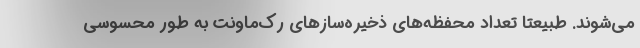
می‌شوند. طبیعتا تعداد محفظه‌های ذخیره‌سازهای رک‌ماونت به طور محسوسی